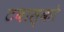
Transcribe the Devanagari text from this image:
टबास्को